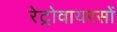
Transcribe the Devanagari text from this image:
रेट्रोवायरसों